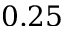
0 . 2 5